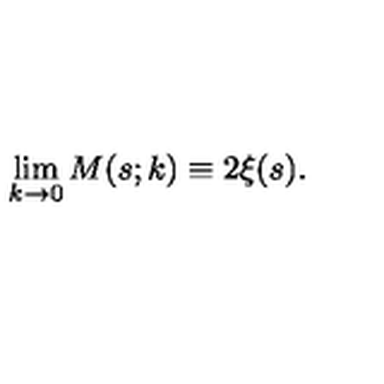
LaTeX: \lim _ { k \rightarrow 0 } M ( s ; k ) \equiv 2 \xi ( s ) .